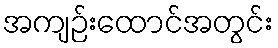
အကျဉ်းထောင်အတွင်း